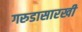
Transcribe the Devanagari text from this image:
गरुडासारखी